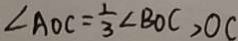
\angle A O C = \frac { 1 } { 3 } \angle B O C , O C